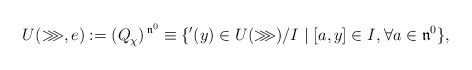
\begin{align*}U^{}(\ggg,e):=(Q^{}_\chi)^{\,\mathfrak{n}^0}\equiv\{'(y)\in U({\ggg})/I^{} \mid [a,y]\in I^{}, \forall a\in\mathfrak{n}^0\},\end{align*}